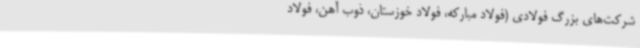
شرکت‌های بزرگ فولادی (فولاد مبارکه، فولاد خوزستان، ذوب آهن، فولاد